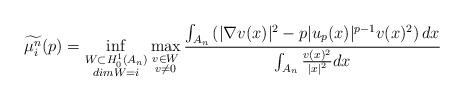
LaTeX: \begin{align*}\widetilde{\mu_i^n}(p)=\inf_{\substack{W\subset H^1_0(A_n)\\dim W=i}}\max_{\substack{v\in W\\ v\neq 0}}\frac{\int_{A_n}\left(|\nabla v(x)|^2-p|u_p(x)|^{p-1}v(x)^2\right) dx}{\int_{A_n} \frac{v(x)^2}{|x|^2}dx}\end{align*}